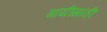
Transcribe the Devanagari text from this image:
गायींसाठी